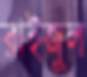
রাইজুল